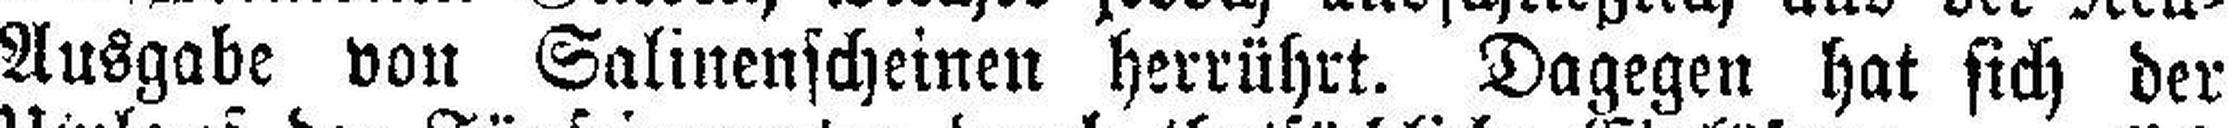
Ausgabe von Salinenscheinen herrührt. Dagegen hat sich der